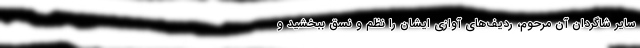
سایر شاگردان آن مرحوم، ردیف‌های آوازی ایشان را نظم و نسق ببخشید و